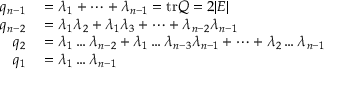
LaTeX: \begin{array} { r l } { q _ { n - 1 } } & { { } = \lambda _ { 1 } + \dots + \lambda _ { n - 1 } = \mathrm { t r } Q = 2 | E | } \\ { q _ { n - 2 } } & { { } = \lambda _ { 1 } \lambda _ { 2 } + \lambda _ { 1 } \lambda _ { 3 } + \dots + \lambda _ { n - 2 } \lambda _ { n - 1 } } \\ { q _ { 2 } } & { { } = \lambda _ { 1 } \dots \lambda _ { n - 2 } + \lambda _ { 1 } \dots \lambda _ { n - 3 } \lambda _ { n - 1 } + \dots + \lambda _ { 2 } \dots \lambda _ { n - 1 } } \\ { q _ { 1 } } & { { } = \lambda _ { 1 } \dots \lambda _ { n - 1 } } \end{array}